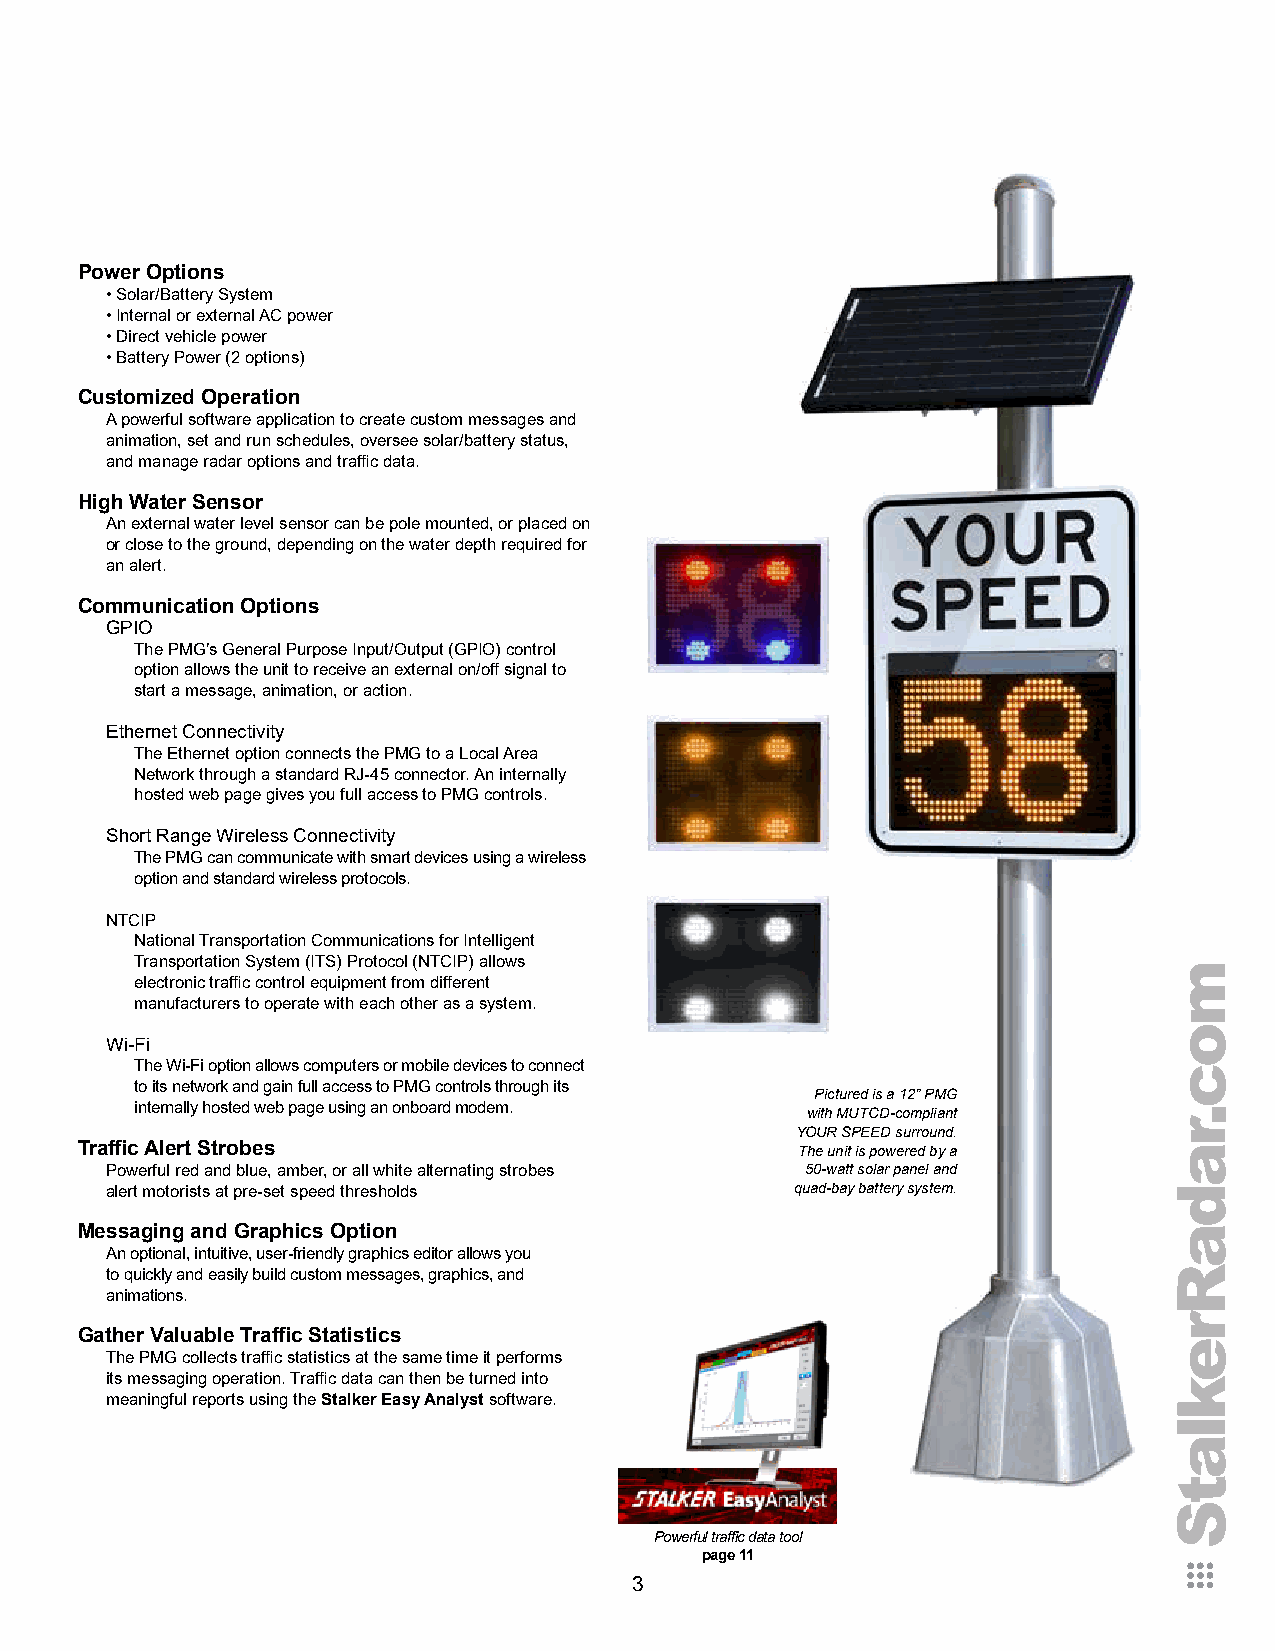
Power Options
 • Solar/Battery System
 • Internal or external AC power
 • Direct vehicle power
 • Battery Power (2 options)
 Customized Operation
 A powerful software application to create custom messages and
 animation, set and run schedules, oversee solar/battery status,
 and manage radar options and traffic data.
 High Water Sensor
 An external water level sensor can be pole mounted, or placed on
 or close to the ground, depending on the water depth required for
 an alert.
 Communication Options
 GPIO
 The PMG’s General Purpose Input/Output (GPIO) control
 option allows the unit to receive an external on/off signal to
 start a message, animation, or action.
 Ethernet Connectivity
 The Ethernet option connects the PMG to a Local Area
 Network through a standard RJ-45 connector. An internally
 hosted web page gives you full access to PMG controls.
 Short Range Wireless Connectivity
 The PMG can communicate with smart devices using a wireless
 option and standard wireless protocols.
 NTCIP
 National Transportation Communications for Intelligent
 Transportation System (ITS) Protocol (NTCIP) allows
 electronic traffic control equipment from different
 manufacturers to operate with each other as a system.
 Wi-Fi
 The Wi-Fi option allows computers or mobile devices to connect
 to its network and gain full access to PMG controls through its
 Pictured is a 12” PMG
 internally hosted web page using an onboard modem.
 with MUTCD-compliant
 YOUR SPEED surround.
 Traffic Alert Strobes                           The unit is powered by a
 Powerful red and blue, amber, or all white alternating strobes 50-watt solar panel and
 alert motorists at pre-set speed thresholds   quad-bay battery system.
 Messaging and Graphics Option
 An optional, intuitive, user-friendly graphics editor allows you
 to quickly and easily build custom messages, graphics, and
 animations.
 Gather Valuable Traffic Statistics
 The PMG collects traffic statistics at the same time it performs
 its messaging operation. Traffic data can then be turned into
 meaningful reports using the Stalker Easy Analyst software.
 Powerful traffic data tool
 page 11
 3
 moc.radaRreklatS